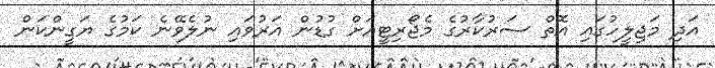
އަދި މަޖިލީހުގައި އޮތް ސަރުކާރުގެ މެޖޯރިޓީއަށް ގުޑުން އަރުވައި ނުލެވޭނެ ކަމުގެ ޔަގީންކަން